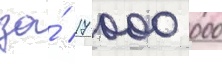
за́ 17 000 000